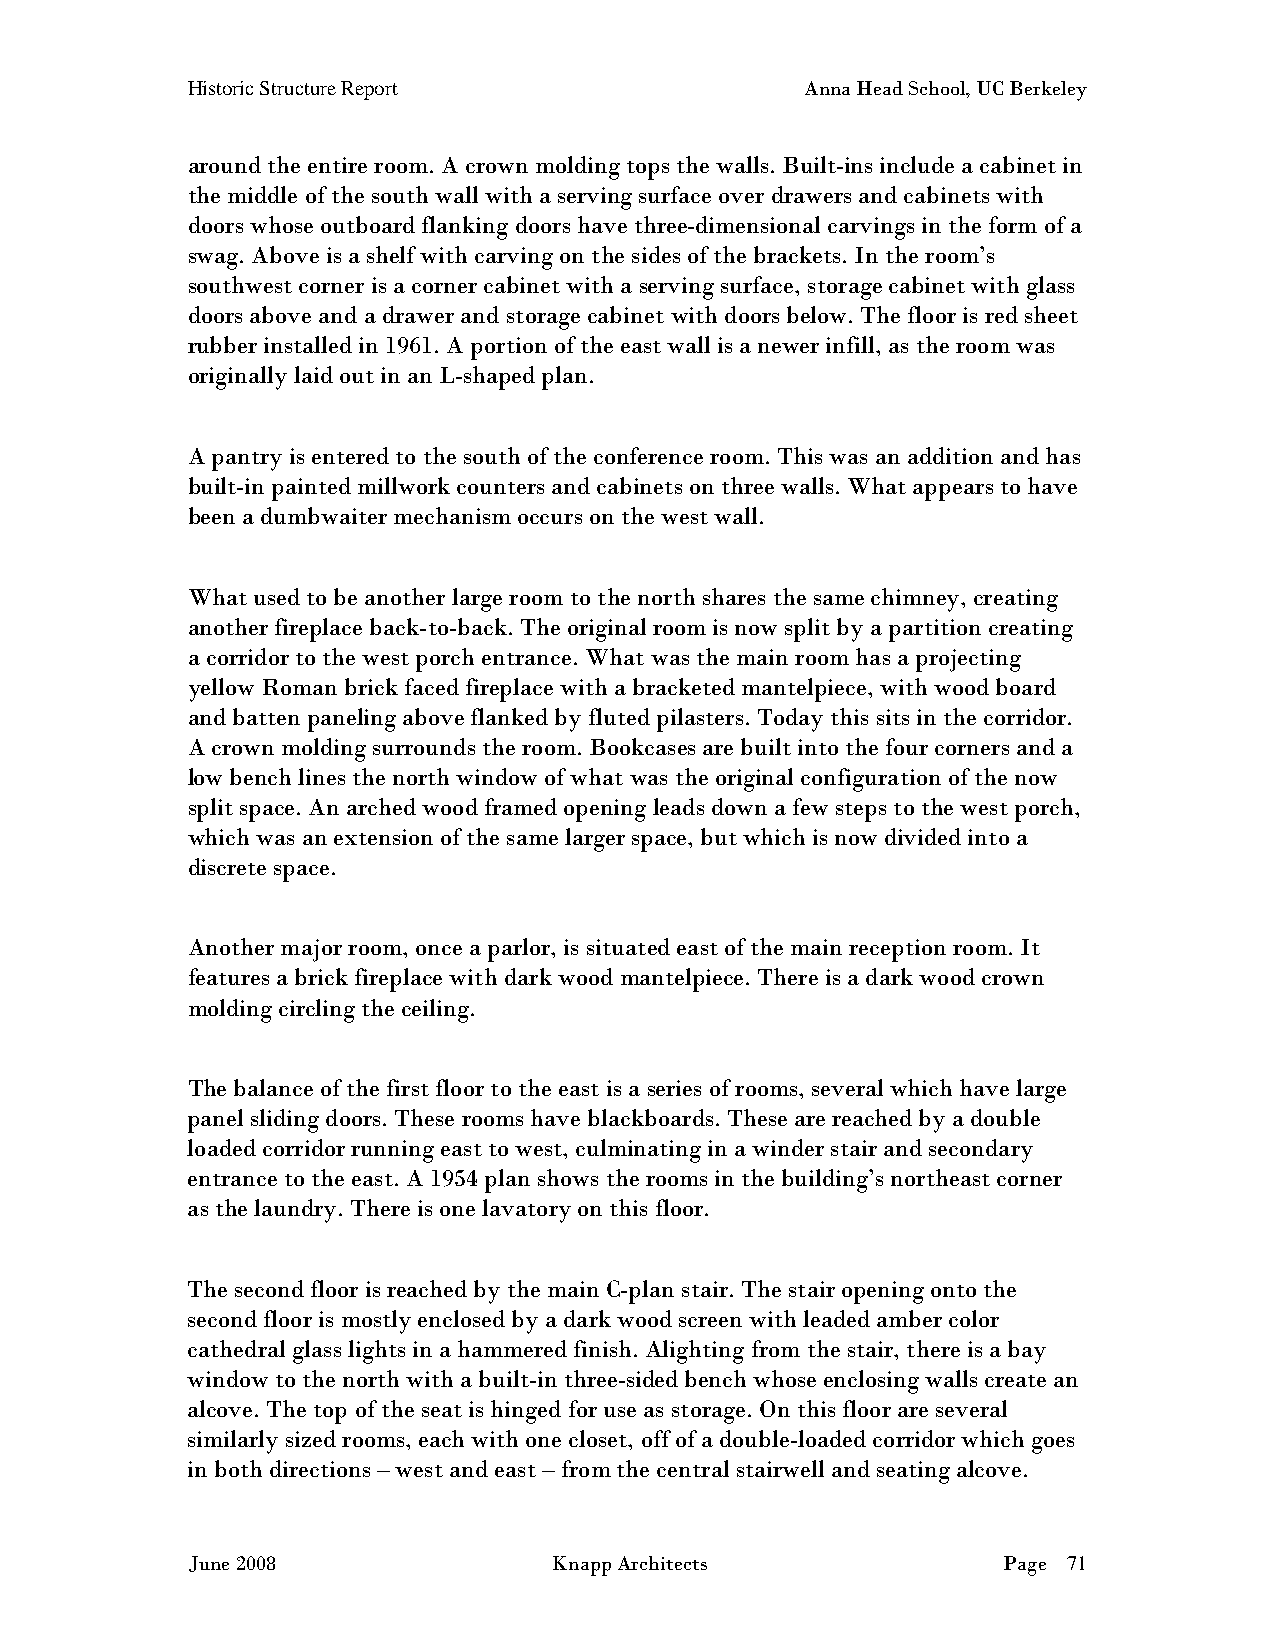
Historic Structure Report                Anna Head School, UC Berkeley
 around the entire room. A crown molding tops the walls. Built-ins include a cabinet in
 the middle of the south wall with a serving surface over drawers and cabinets with
 doors whose outboard flanking doors have three-dimensional carvings in the form of a
 swag. Above is a shelf with carving on the sides of the brackets. In the room’s
 southwest corner is a corner cabinet with a serving surface, storage cabinet with glass
 doors above and a drawer and storage cabinet with doors below. The floor is red sheet
 rubber installed in 1961. A portion of the east wall is a newer infill, as the room was
 originally laid out in an L-shaped plan.
 A pantry is entered to the south of the conference room. This was an addition and has
 built-in painted millwork counters and cabinets on three walls. What appears to have
 been a dumbwaiter mechanism occurs on the west wall.
 What used to be another large room to the north shares the same chimney, creating
 another fireplace back-to-back. The original room is now split by a partition creating
 a corridor to the west porch entrance. What was the main room has a projecting
 yellow Roman brick faced fireplace with a bracketed mantelpiece, with wood board
 and batten paneling above flanked by fluted pilasters. Today this sits in the corridor.
 A crown molding surrounds the room. Bookcases are built into the four corners and a
 low bench lines the north window of what was the original configuration of the now
 split space. An arched wood framed opening leads down a few steps to the west porch,
 which was an extension of the same larger space, but which is now divided into a
 discrete space.
 Another major room, once a parlor, is situated east of the main reception room. It
 features a brick fireplace with dark wood mantelpiece. There is a dark wood crown
 molding circling the ceiling.
 The balance of the first floor to the east is a series of rooms, several which have large
 panel sliding doors. These rooms have blackboards. These are reached by a double
 loaded corridor running east to west, culminating in a winder stair and secondary
 entrance to the east. A 1954 plan shows the rooms in the building’s northeast corner
 as the laundry. There is one lavatory on this floor.
 The second floor is reached by the main C-plan stair. The stair opening onto the
 second floor is mostly enclosed by a dark wood screen with leaded amber color
 cathedral glass lights in a hammered finish. Alighting from the stair, there is a bay
 window to the north with a built-in three-sided bench whose enclosing walls create an
 alcove. The top of the seat is hinged for use as storage. On this floor are several
 similarly sized rooms, each with one closet, off of a double-loaded corridor which goes
 in both directions – west and east – from the central stairwell and seating alcove.
 June 2008                Knapp Architects             Page 71